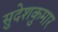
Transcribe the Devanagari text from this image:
सुदेशकुमार